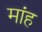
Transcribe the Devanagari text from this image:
मांह